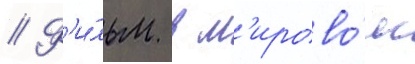
// Ф'и́льм в м'ирово́м